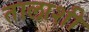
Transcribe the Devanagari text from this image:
तालाशी